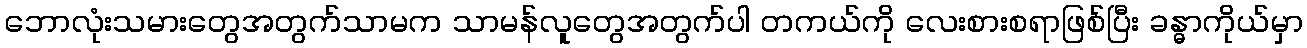
ဘောလုံးသမားတွေအတွက်သာမက သာမန်လူတွေအတွက်ပါ တကယ်ကို လေးစားစရာဖြစ်ပြီး ခန္ဓာကိုယ်မှာ